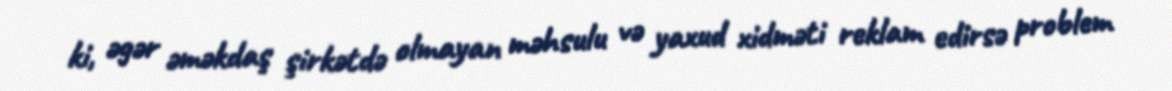
ki, əgər əməkdaş şirkətdə olmayan məhsulu və yaxud xidməti reklam edirsə problem